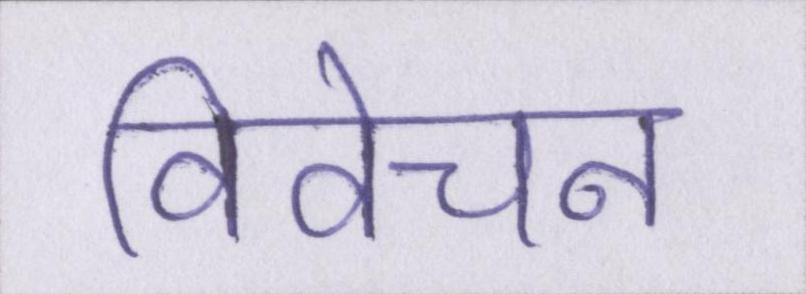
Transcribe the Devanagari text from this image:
विवेचन